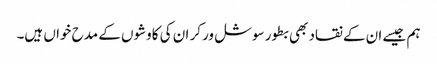
ہم جیسے ان کے نقاد بھی بطور سوشل ورکر ان کی کاوشوں کے مدح خواں ہیں۔